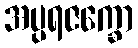
အပ္ပရဇက္ခော